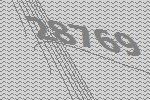
28769